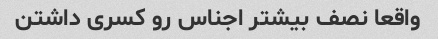
واقعا نصف بیشتر اجناس رو کسری داشتن